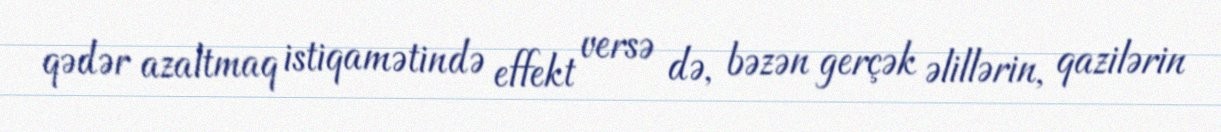
qədər azaltmaq istiqamətində effekt versə də, bəzən gerçək əlillərin, qazilərin